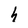
Character: h